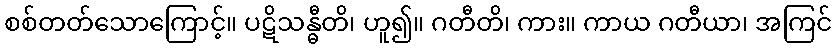
စစ်တတ်သောကြောင့်။ ပဋိသန္ဓီတိ၊ ဟူ၍။ ဂတီတိ၊ ကား။ ကာယ ဂတီယာ၊ အကြင်